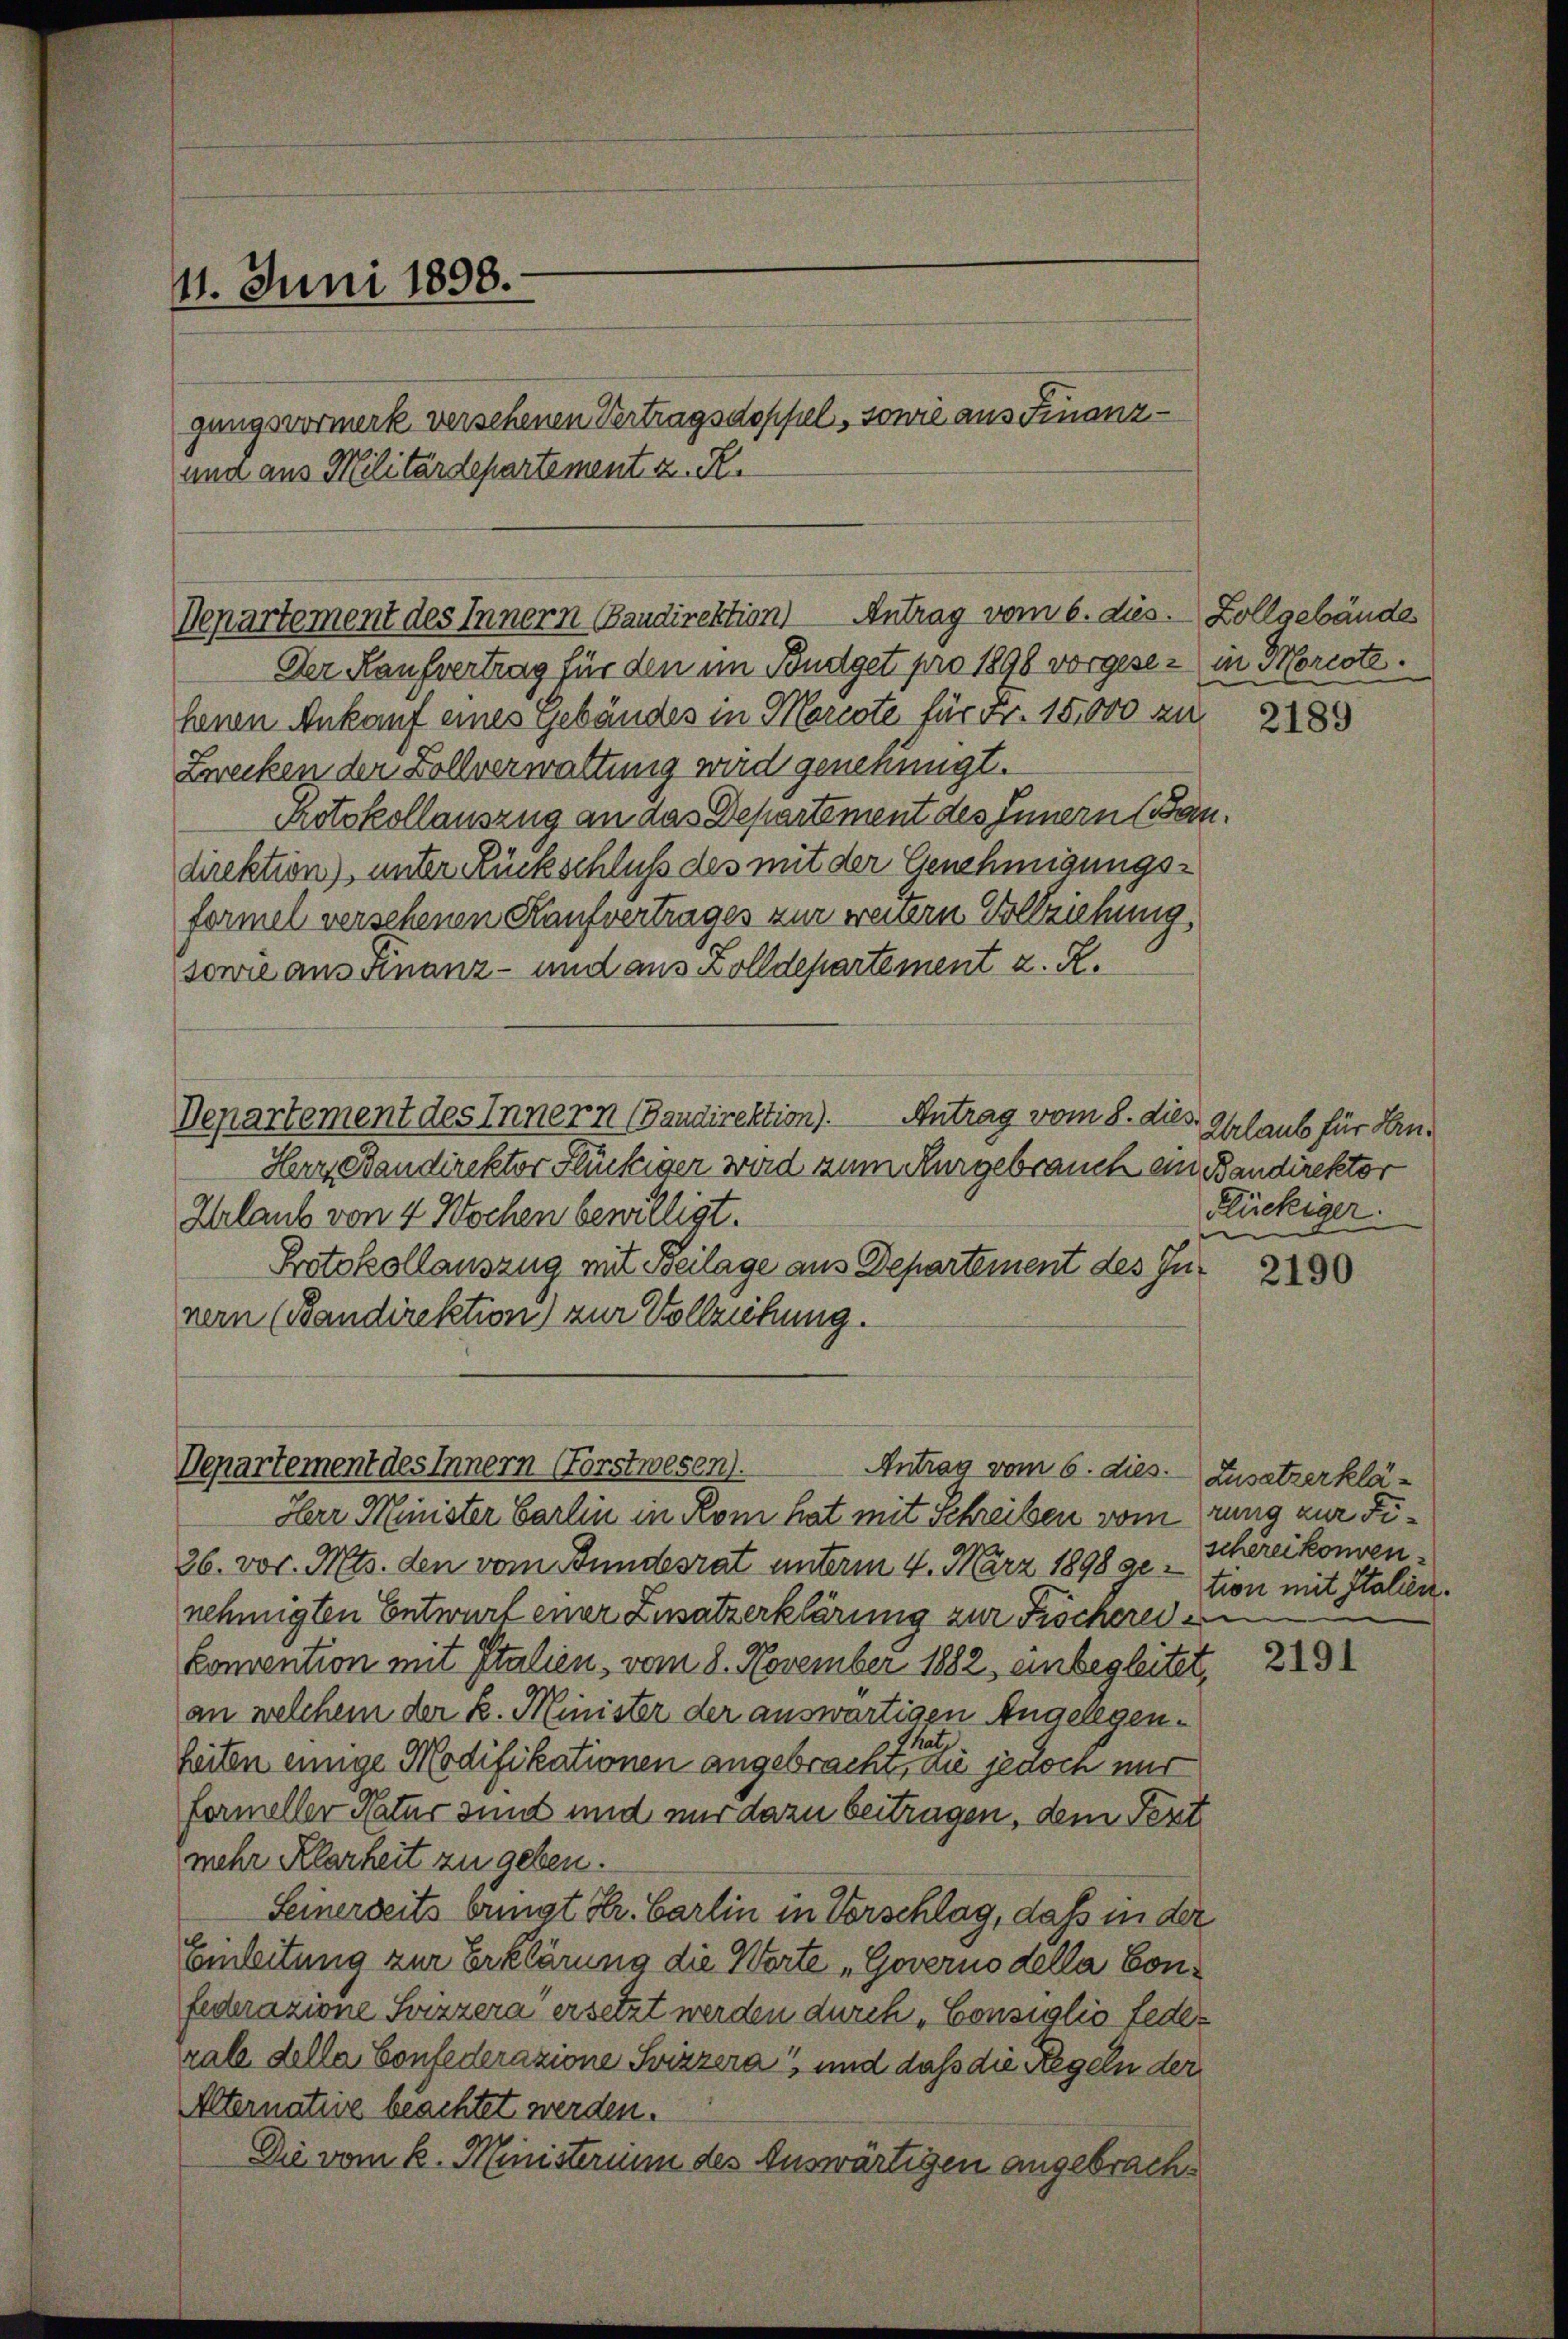
11. Juni 1898.
gangsvormerk versehenen Vertragsdoppel, sowie aus Finanz¬
und aus Militärdepartement z. R.

Departement des Innern Baudirektion) Antrag vom 6. dies. Zollgebäudes

Der Kaufvertrag für den im Budget pro 1896 vorgeser in Morcote.
henen Ankauf eines Gebäudes in Morcote für Fr. 15,000 zu
Zwecken der Zollverwaltung wird genehmigt.
Protokollauszug an das Departement des Innern (Bandirektion), unter Rückschluß des mit der Genehmigungsformel versehenen Kaufvertrages zur weitern Vollziehung
sowie aus Finanz- und aus Zolldepartement z. R.
Departement des Innern (Bandirektion). Antrag vom 8. dies
Herr Standirektor Flückiger wird zum Kurgebrauch an Bandirektor
Urlaub von 4 Wochen bewilligt.
Protokollauszug mit Beilage aus Departement des Innern (Bandirektion) zur Vollziehung.

Departement des Innern Forstwesen).
Antrag vom 6. dies. Zusatzerklä¬

Herr Minister Carlin in Rom hat mit Schreiben vom rung zur Fi¬
26. vor. Mts. den vom Bundesrat unterm 4. März 1898 genehmigten Entwurf einer Zusatzerklärung zur Fischereden
Convention mit Italien, vom 8. November 1882 einbegleitet,
an welchem der k. Minister der auswärtigen Angelegen¬
Thatz
heiten einige Modifikationen angebracht, du jedoch nur
farmeller Natur sind und nur dazu beitragen, dem Fert
mehr Klarheit zu geben.
Seinerseits bringt Hr. Carlin in Vorschlag, daß in der
Einleitung zur Erklärung die Worte „Governo della Confederazione Svizzera“ ersetzt werden durch „Consiglio federale della Confederazione Svizzera und daß die Regeln der
Alternative beachtet werden.
Die vom k. Ministerium des Auswärtigen angebrach¬

2189

Urlaub für Kan¬
Flückiger.

2190

schereikonven
tion mit Italien.

2191